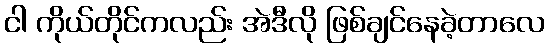
ငါ ကိုယ်တိုင်ကလည်း အဲဒီလို ဖြစ်ချင်နေခဲ့တာလေ